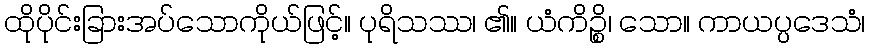
ထိုပိုင်းခြားအပ်သောကိုယ်ဖြင့်။ ပုရိသဿ၊ ၏။ ယံကိဉ္စိ၊ သော။ ကာယပ္ပဒေသံ၊